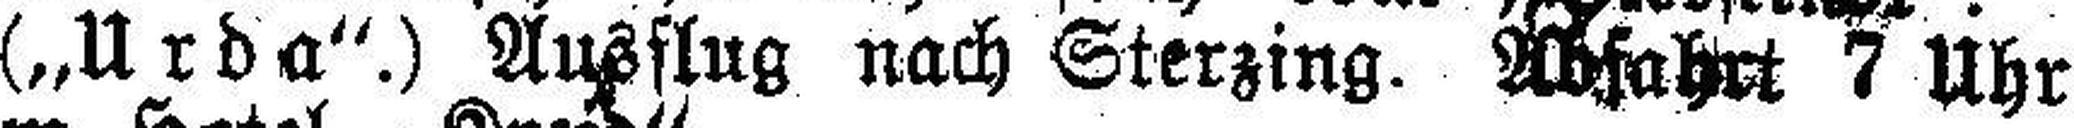
(„Urda“.) Ausflug nach Sterzing. Abfahrt 7 Uhr